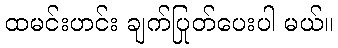
ထမင်းဟင်း ချက်ပြုတ်ပေးပါ မယ်။